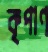
কৃপাণ